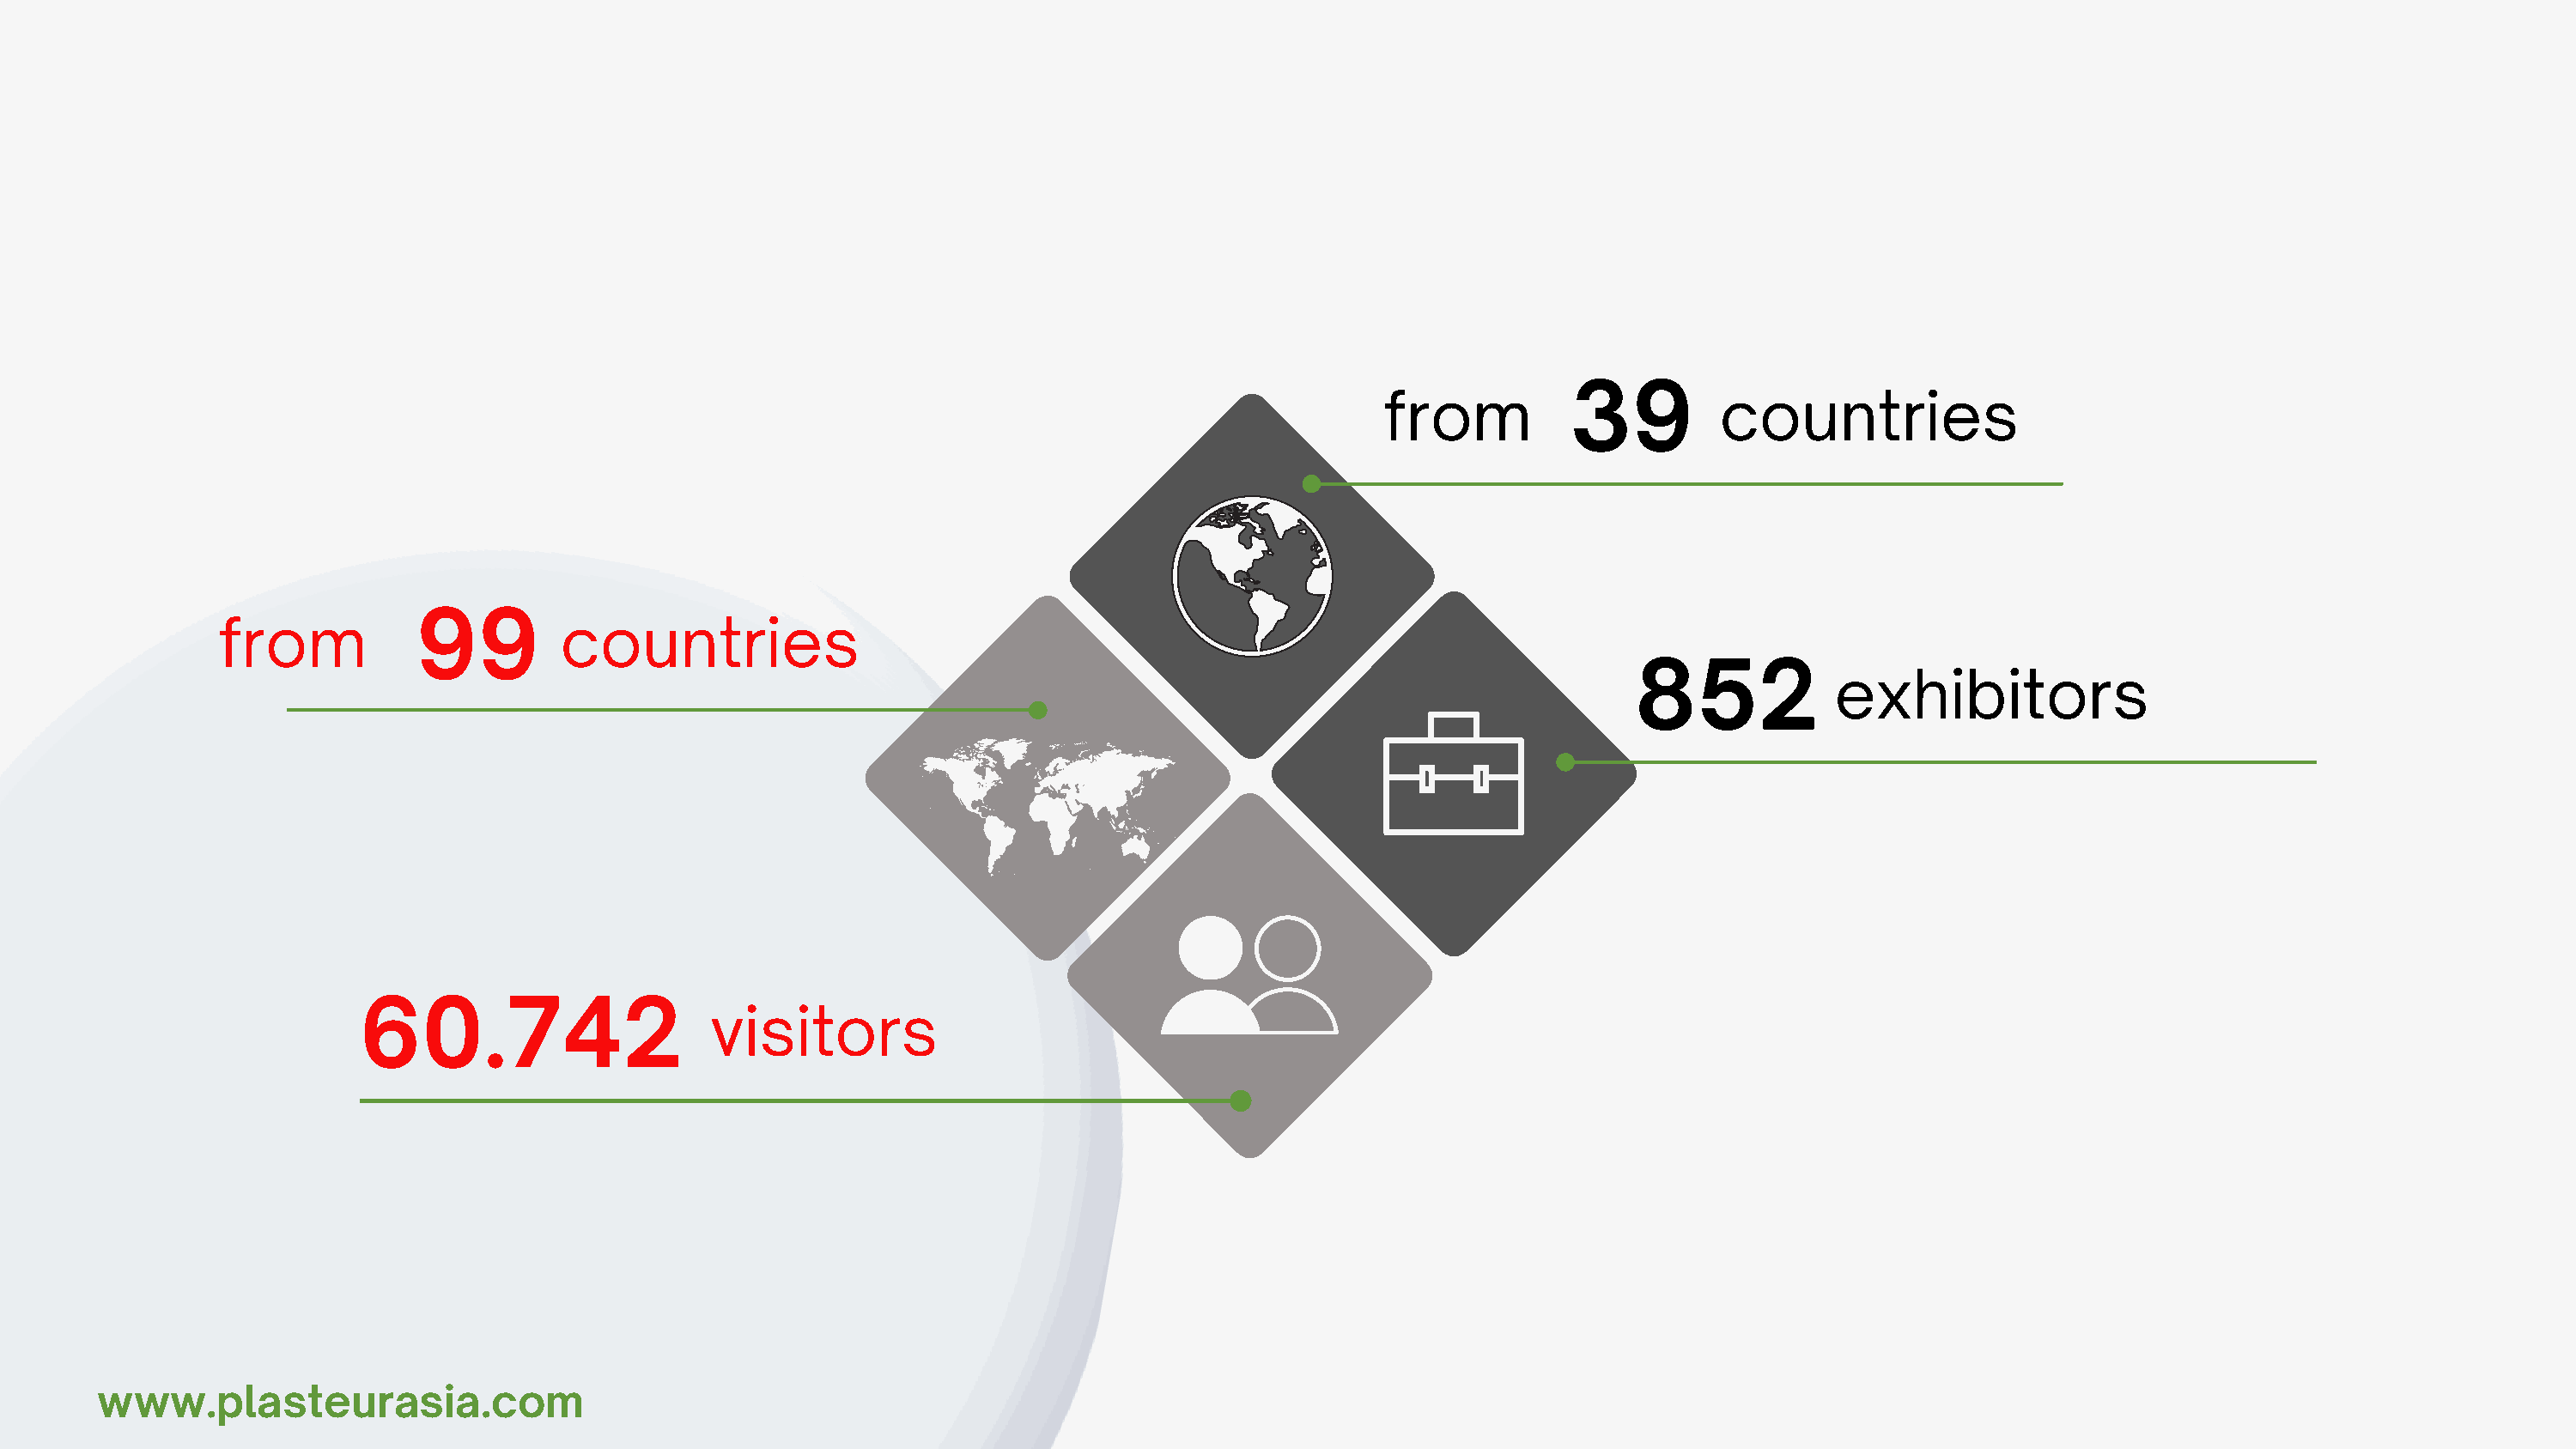
39
 from                      countres
 99
 from                      countres
 852
 exhbtors
 60.742
 vstors
 www.plasteurasa.com